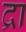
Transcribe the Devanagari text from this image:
द्रा